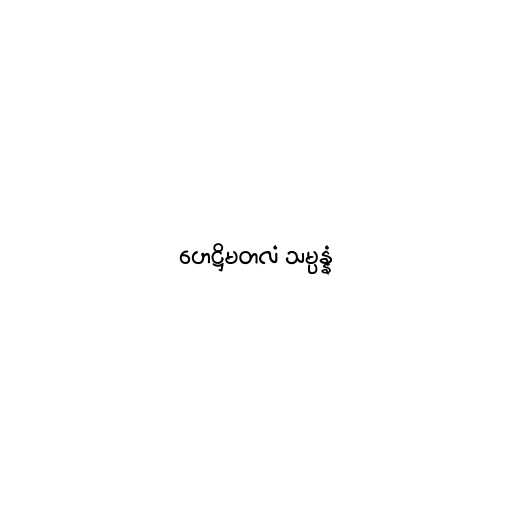
ဟေဋ္ဌိမတလံ သမ္ပန္နံ